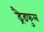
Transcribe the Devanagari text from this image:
ड्रैडफुल